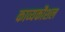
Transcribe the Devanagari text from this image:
काव्यकौशल